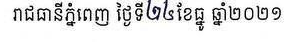
រាជធានីភ្នំពេញ ថ្ងៃទី២៤ខែធ្នូ ឆ្នាំ២០២១